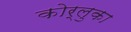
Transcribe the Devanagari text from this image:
कोर्लुका